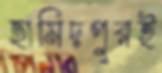
হামিদপুরই